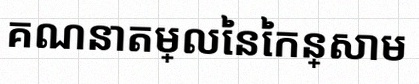
គណនាតម្លៃនៃកន្សោម